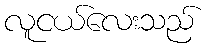
လူငယ်လေးသည်